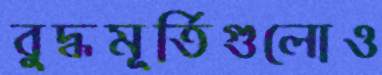
বুদ্ধমূর্তিগুলোও